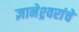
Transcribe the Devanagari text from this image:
ज्ञानेश्र्वरांचे